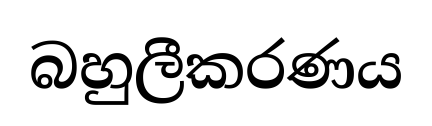
බහුලීකරණය